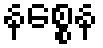
နစ္စေန